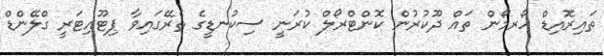
ތައިރޮއިޑް ހޯރމޯން ތައް ދޫކުރުން ކޮންޓްރޯލް ކުރަނީ ސިކުނޑީގެ ތެރޭގައިވާ ޕިޓޫއިޓަރީ ގްލޭންޑް